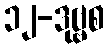
၁၂-ဒုဗ္ဗစ